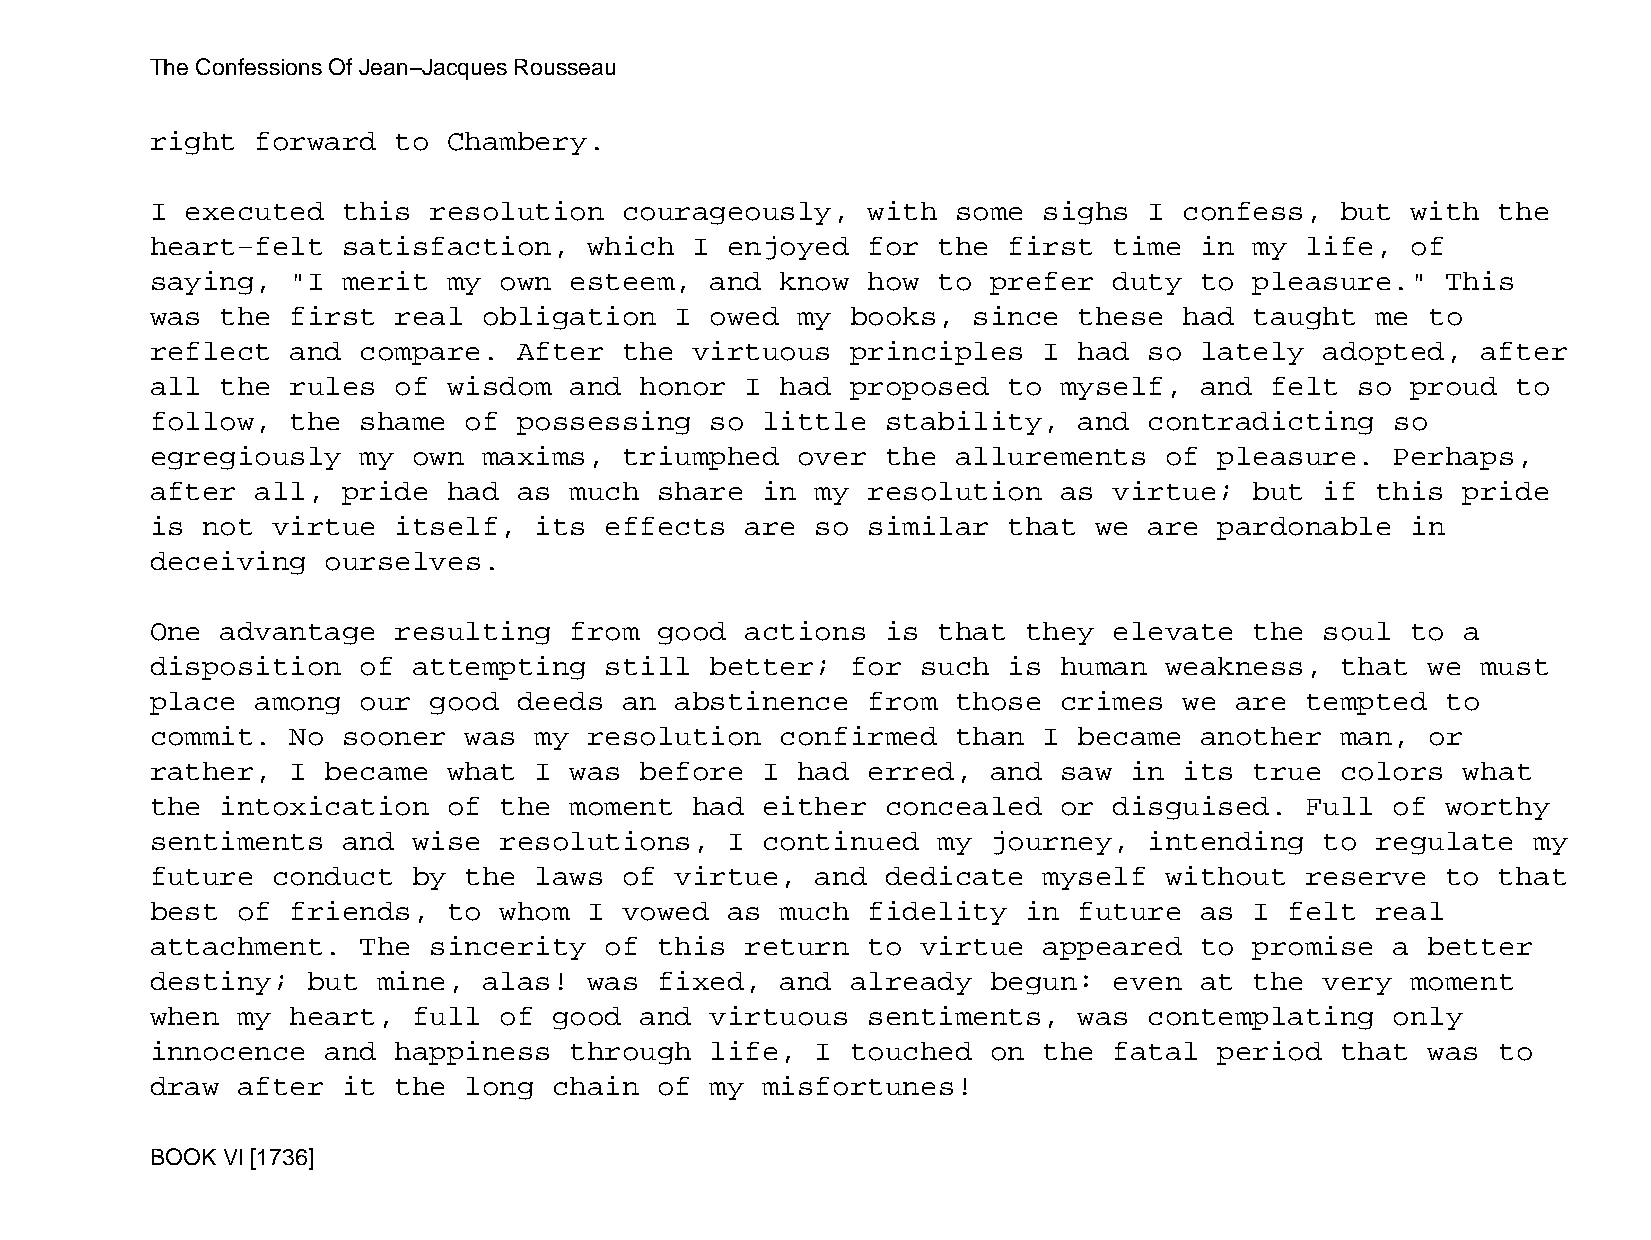
The Confessions Of Jean−Jacques Rousseau
 right  forward  to  Chambery.
 I executed   this resolution   courageously,   with  some  sighs  I confess,   but with  the
 heart−felt   satisfaction,   which  I enjoyed  for  the  first  time in  my life,  of
 saying,  "I  merit  my own  esteem,  and  know how  to  prefer  duty to  pleasure."   This
 was  the first  real  obligation   I owed  my books,  since  these  had  taught  me  to
 reflect  and  compare.  After  the  virtuous  principles   I had  so lately   adopted,  after
 all  the rules  of  wisdom  and honor  I  had proposed   to myself,  and  felt  so proud  to
 follow,  the  shame  of possessing   so little   stability,  and  contradicting   so
 egregiously   my own  maxims,  triumphed   over  the allurements   of  pleasure.  Perhaps,
 after  all,  pride  had as  much  share in  my resolution   as  virtue;  but  if this  pride
 is not  virtue  itself,  its  effects  are  so similar   that we  are  pardonable  in
 deceiving   ourselves.
 One  advantage  resulting   from  good actions   is that  they  elevate  the  soul to  a
 disposition   of attempting   still  better;  for  such  is human  weakness,   that  we must
 place  among  our good  deeds  an  abstinence  from  those  crimes  we  are tempted   to
 commit.  No  sooner  was my  resolution   confirmed  than  I became  another   man,  or
 rather,  I  became  what I  was before  I  had erred,   and saw  in its  true  colors  what
 the  intoxication   of the  moment  had either   concealed  or  disguised.  Full  of  worthy
 sentiments   and wise  resolutions,   I continued   my  journey,  intending   to regulate  my
 future  conduct  by  the laws  of  virtue,  and  dedicate  myself  without  reserve   to that
 best  of friends,   to whom  I vowed  as  much fidelity   in future  as  I felt  real
 attachment.   The sincerity   of  this return  to  virtue  appeared  to  promise  a  better
 destiny;  but  mine,  alas!  was  fixed,  and already   begun:  even at  the  very moment
 when  my heart,  full  of  good and  virtuous  sentiments,   was  contemplating   only
 innocence   and happiness   through  life,  I touched   on the  fatal  period  that  was to
 draw  after  it the  long  chain  of my misfortunes!
 BOOK VI [1736]